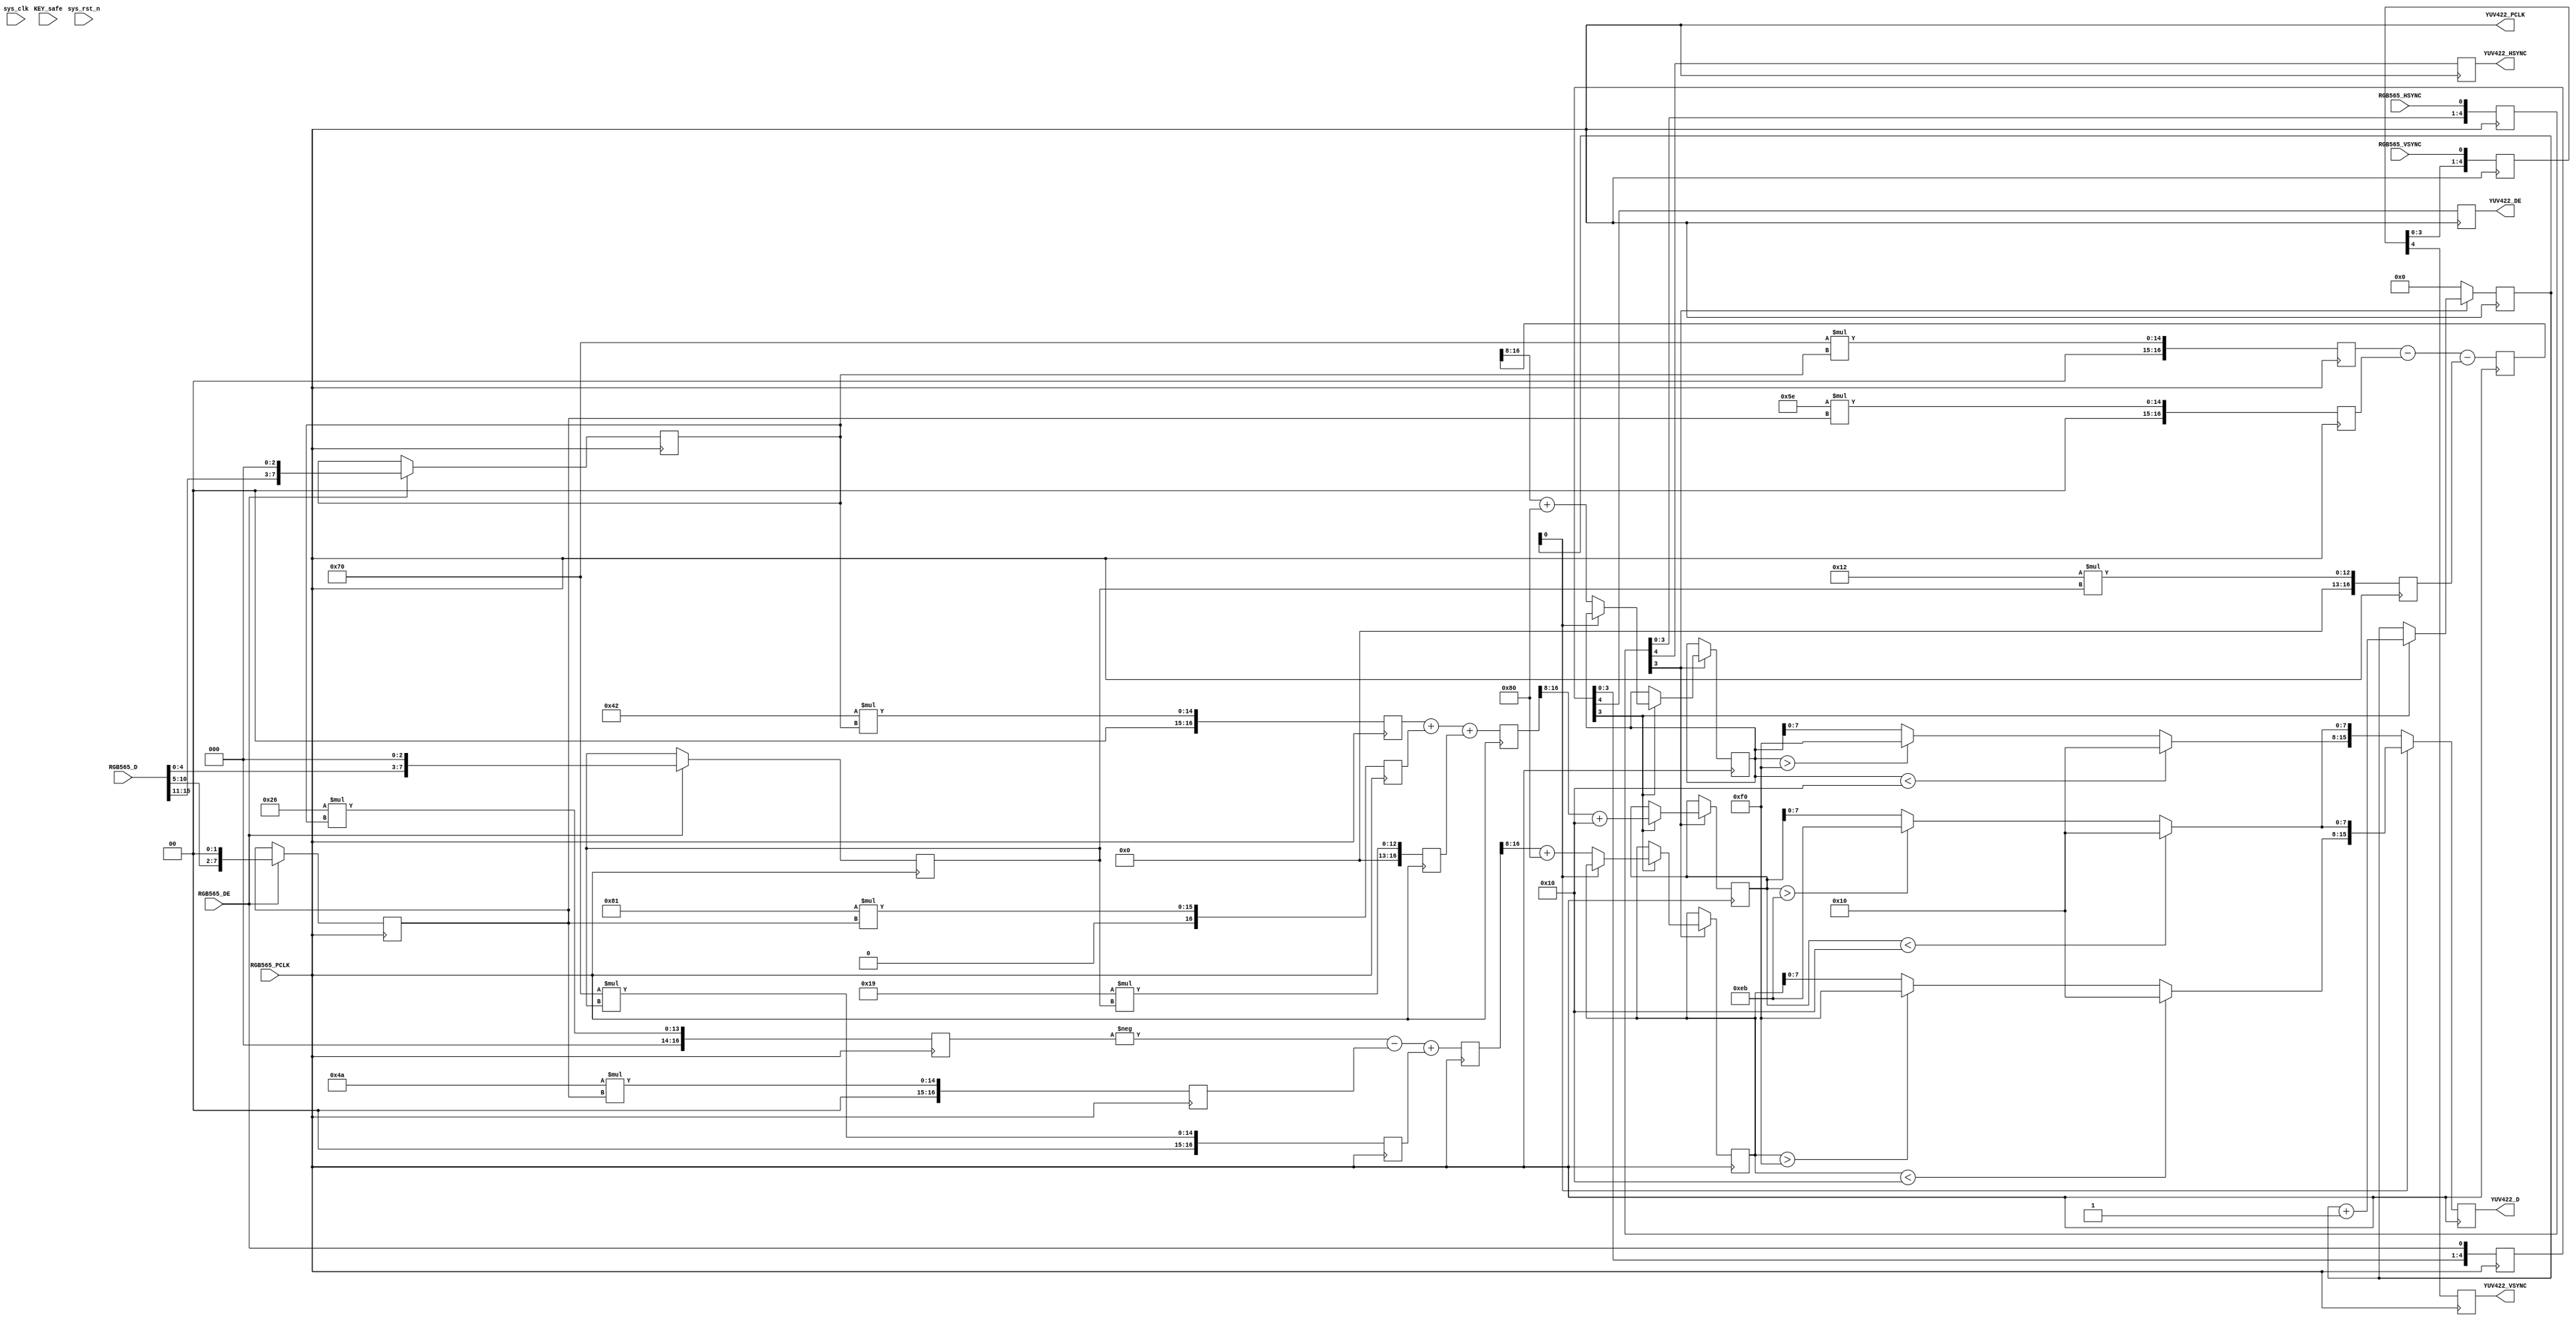
// This program was cloned from: https://github.com/cxdzyq1110/posture_recognition_CNN
// License: GNU General Public License v3.0

// RGB565-to-YUV422
module RGB565_YUV422
(
	// system signal
	input	wire			sys_clk, sys_rst_n,
	input	wire	[7:2]	KEY_safe,
	// 7121
	input	wire			RGB565_PCLK,
	input	wire			RGB565_HSYNC,		// 		// MT9D111
	input	wire			RGB565_VSYNC,		// 	// MT9D111
	input	wire	[15:0]	RGB565_D,
	input	wire			RGB565_DE,			// 
	output	wire			YUV422_PCLK,		// [YUV422]
	output	reg		[15:0]	YUV422_D,
	output	reg				YUV422_DE,
	output	reg				YUV422_HSYNC,
	output	reg				YUV422_VSYNC
);
	/*
	yuv<-->rgb
		Y'= 0.299*R' + 0.587*G' + 0.114*B'
		U'= -0.147*R' - 0.289*G' + 0.436*B' =0.492*(B'- Y')
		V'= 0.615*R' - 0.515*G' - 0.100*B' =0.877*(R'- Y')
		R' = Y' + 1.140*V'
		G' = Y' - 0.394*U' - 0.581*V'
		B' = Y' + 2.032*U'
	yCbCr<-->rgb
		Y = 0.257*R' + 0.504*G' + 0.098*B' + 16
		Cb' = -0.148*R' - 0.291*G' + 0.439*B' + 128
		Cr' = 0.439*R' - 0.368*G' - 0.071*B' + 128
		R' = 1.164*(Y-16) + 1.596*(Cr'-128)
		G' = 1.164*(Y-16) - 0.813*(Cr'-128) -0.392*(Cb'-128)
		B' = 1.164*(Y-16) + 2.017*(Cb'-128)
	*/
	// 
	reg		[15:0]	HSYNC;
	reg		[15:0]	VSYNC;
	reg		[15:0]	DE;
	always @(posedge RGB565_PCLK)
	begin
		HSYNC <= {HSYNC[14:0], RGB565_HSYNC};
		VSYNC <= {VSYNC[14:0], RGB565_VSYNC};
		DE <= {DE[14:0], RGB565_DE};
	end
	//
	assign			YUV422_PCLK = RGB565_PCLK;
	/////////////////////////
	// RGB to YUV, data/valid selected
	reg		[10:0]	pix_cnt;
	reg		[7:0]	RGB888_R;
	reg		[7:0]	RGB888_G;
	reg		[7:0]	RGB888_B;
	always @(posedge RGB565_PCLK)
	begin
		if(RGB565_DE)
		begin
			RGB888_R <= {RGB565_D[15:11], 3'B000};
			RGB888_G <= {RGB565_D[10:5], 2'B00};
			RGB888_B <= {RGB565_D[4:0], 3'B000};
		end
	end
	// RGB to YUV
	reg		[16:0]	YUV422_Y_reg;// = 66*RGB888_R + 129 * RGB888_G + 25*RGB888_B;
	reg		[16:0]	YUV422_Cb_reg;// = -38*RGB888_R - 74*RGB888_G + 112*RGB888_B;
	reg		[16:0]	YUV422_Cr_reg;// = 112*RGB888_R - 94*RGB888_G - 18*RGB888_B;
	// set_multicycle_path -- 
	//  5CSEBA6U23I7 65MHz(Fmax=81.63MHz)
	// MAC * / +  ==> 171.79MHz
	reg		[16:0]	RGB888_R_66;
	reg		[16:0]	RGB888_R_38;
	reg		[16:0]	RGB888_R_112;
	reg		[16:0]	RGB888_G_129;
	reg		[16:0]	RGB888_G_74;
	reg		[16:0]	RGB888_G_94;
	reg		[16:0]	RGB888_B_25;
	reg		[16:0]	RGB888_B_112;
	reg		[16:0]	RGB888_B_18;
	always @(posedge YUV422_PCLK)
	begin
		RGB888_R_66 <= 9'D66*RGB888_R;
		RGB888_R_38 <= 9'D38*RGB888_R;
		RGB888_R_112 <= 9'D112*RGB888_R;
		RGB888_G_129 <= 9'D129*RGB888_G;
		RGB888_G_74 <= 9'D74*RGB888_G;
		RGB888_G_94 <= 9'D94*RGB888_G;
		RGB888_B_25 <= 9'D25*RGB888_B;
		RGB888_B_112 <= 9'D112*RGB888_B;
		RGB888_B_18 <= 9'D18*RGB888_B;
		
		YUV422_Y_reg <= RGB888_R_66 + RGB888_G_129 + RGB888_B_25;
		YUV422_Cb_reg <= - RGB888_R_38 - RGB888_G_74 + RGB888_B_112;
		YUV422_Cr_reg <= RGB888_R_112 - RGB888_G_94 - RGB888_B_18;
	end
	// Y1:1Cb/Cr2:1
	reg		[8:0]	YUV422_Y;
	reg		[8:0]	YUV422_Cb;
	reg		[8:0]	YUV422_Cr;
	always @(posedge YUV422_PCLK)
		if(!HSYNC[3])
			pix_cnt <= 0;
		else if(DE[3])
		begin
			YUV422_Y <= (YUV422_Y_reg>>>8) + 16;	// 16~235
			if(!pix_cnt[0])
			begin
				YUV422_Cb <= (YUV422_Cb_reg>>>8) + 128;	// 16~240
				YUV422_Cr <= (YUV422_Cr_reg>>>8) + 128;	// 16~240
			end
			
			pix_cnt <= pix_cnt + 1;
		end
	
	wire	[7:0]	YUV422_Y_valid = (YUV422_Y<16)? 16 : (YUV422_Y>235)? 235 : YUV422_Y;
	wire	[7:0]	YUV422_Cb_valid = (YUV422_Cb<16)? 16 : (YUV422_Cb>240)? 240 : YUV422_Cb;
	wire	[7:0]	YUV422_Cr_valid = (YUV422_Cr<16)? 16 : (YUV422_Cr>240)? 240 : YUV422_Cr;
	
	always @(posedge YUV422_PCLK)
	begin
		if(pix_cnt[0])
			YUV422_D <= {YUV422_Cb_valid, YUV422_Y_valid};
		else
			YUV422_D <= {YUV422_Cr_valid, YUV422_Y_valid};
		//
		YUV422_DE <= DE[4];
		YUV422_HSYNC <= HSYNC[4];
		YUV422_VSYNC <= VSYNC[4];
	end	
	//
	
endmodule